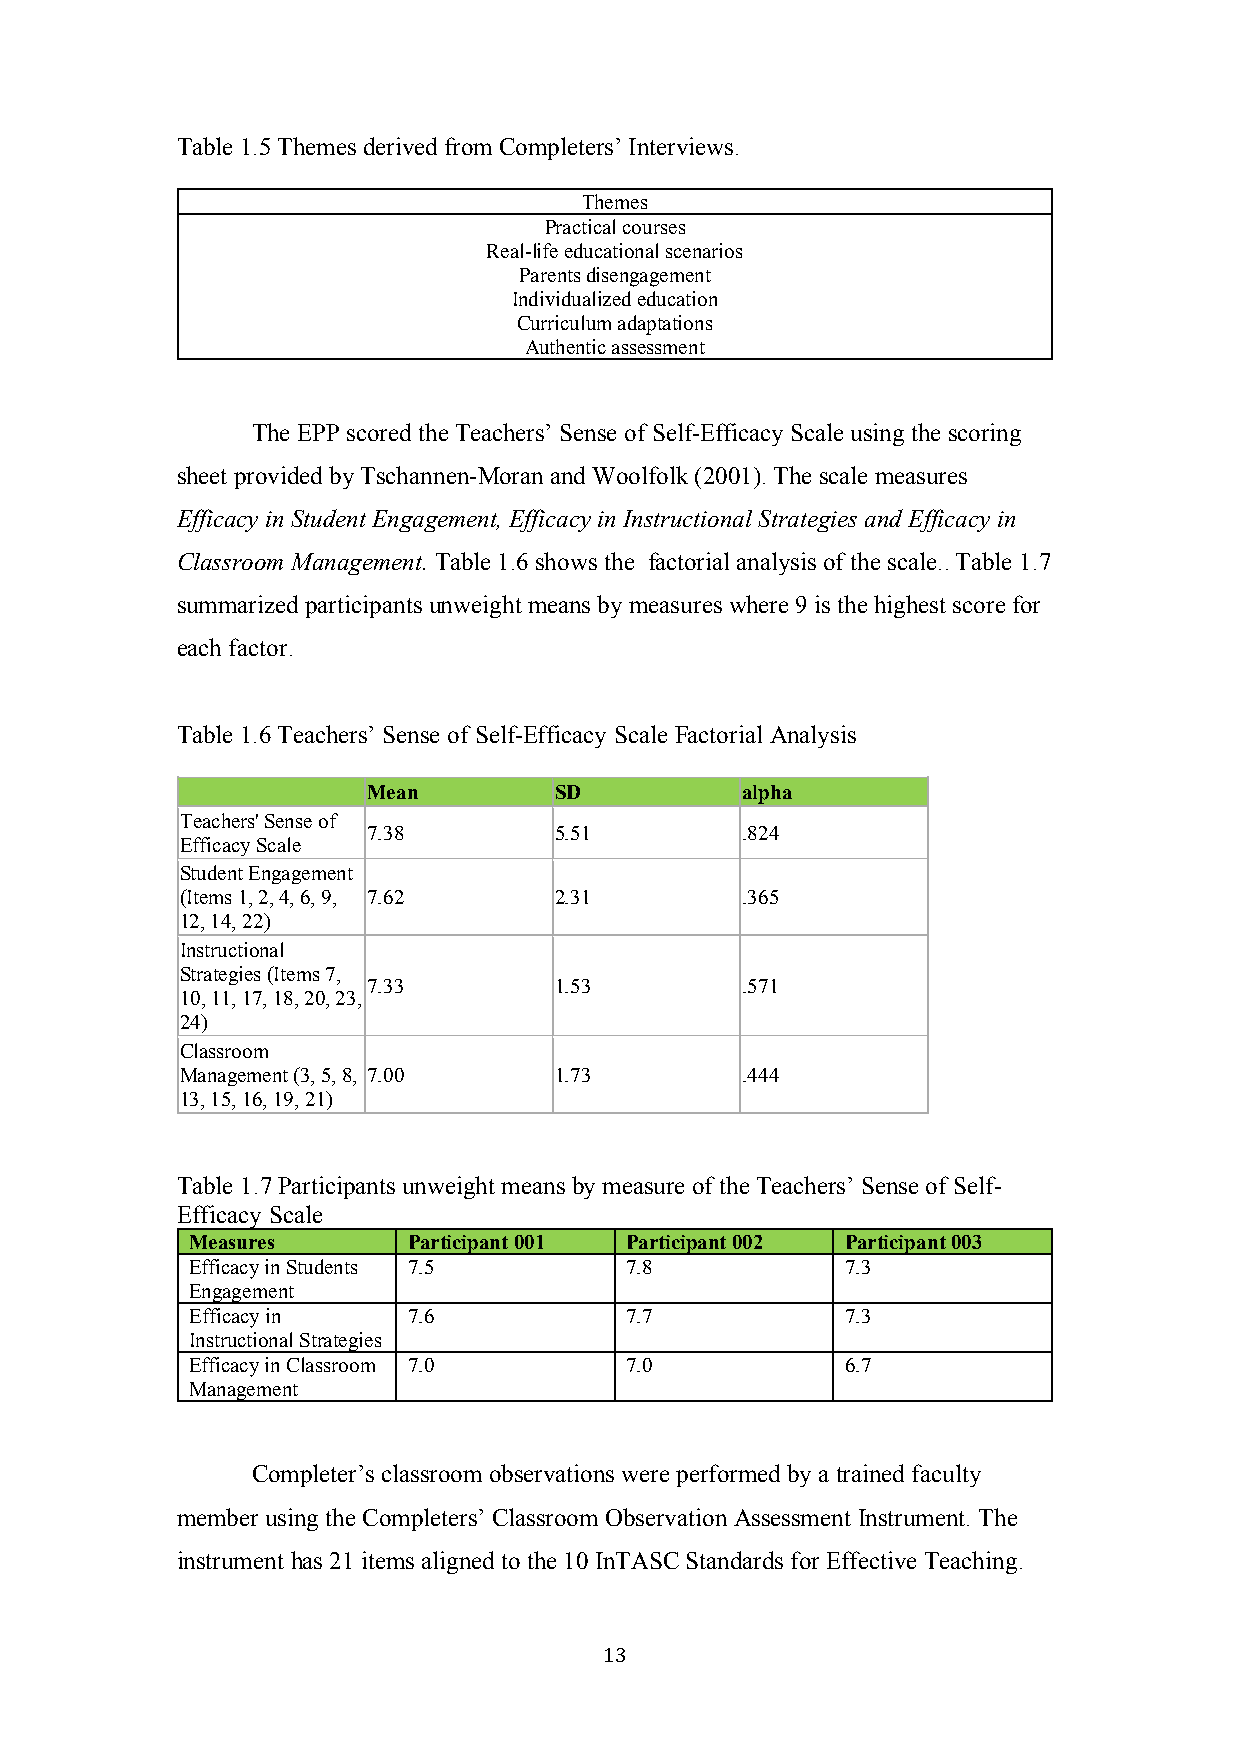
Table 1.5 Themes derived from Completers’ Interviews.
 Themes
 Practical courses
 Real-life educational scenarios
 Parents disengagement
 Individualized education
 Curriculum adaptations
 Authentic assessment
 The EPP scored the Teachers’ Sense of Self-Efficacy Scale using the scoring
 sheet provided by Tschannen-Moran and Woolfolk (2001). The scale measures
 Efficacy in Student Engagement, Efficacy in Instructional Strategies and Efficacy in
 Classroom Management. Table 1.6 shows the factorial analysis of the scale.. Table 1.7
 summarized participants unweight means by measures where 9 is the highest score for
 each factor.
 Table 1.6 Teachers’ Sense of Self-Efficacy Scale Factorial Analysis
 Mean         SD          alpha
 Teachers' Sense of
 7.38         5.51        .824
 Efficacy Scale
 Student Engagement
 (Items 1, 2, 4, 6, 9, 7.62 2.31      .365
 12, 14, 22)
 Instructional
 Strategies (Items 7,
 7.33         1.53        .571
 10, 11, 17, 18, 20, 23,
 24)
 Classroom
 Management (3, 5, 8, 7.00 1.73       .444
 13, 15, 16, 19, 21)
 Table 1.7 Participants unweight means by measure of the Teachers’ Sense of Self-
 Efficacy Scale
 Measures      Participant 001 Participant 002 Participant 003
 Efficacy in Students 7.5    7.8            7.3
 Engagement
 Efficacy in   7.6           7.7            7.3
 Instructional Strategies
 Efficacy in Classroom 7.0   7.0            6.7
 Management
 Completer’s classroom observations were performed by a trained faculty
 member using the Completers’ Classroom Observation Assessment Instrument. The
 instrument has 21 items aligned to the 10 InTASC Standards for Effective Teaching.
 13